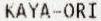
KAYA-ORI